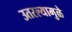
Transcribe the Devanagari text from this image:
उतरल्यामुळे